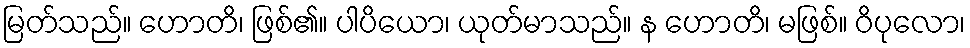
မြတ်သည်။ ဟောတိ၊ ဖြစ်၏။ ပါပိယော၊ ယုတ်မာသည်။ န ဟောတိ၊ မဖြစ်။ ဝိပုလော၊